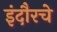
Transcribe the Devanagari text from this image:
इंदौरचे